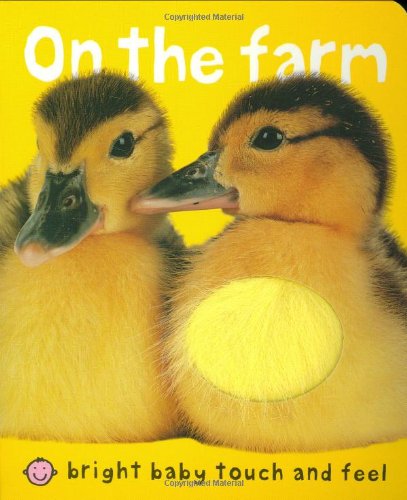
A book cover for Bright Baby Touch & Feel Slipcase: On the Farm, Baby Animals, At the Zoo and Perfect Pets (Bright Baby Touch and Feel); Roger Priddy; Politics & Social Sciences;